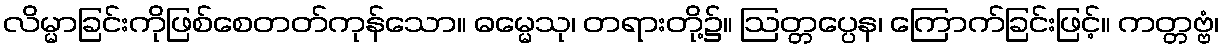
လိမ္မာခြင်းကိုဖြစ်စေတတ်ကုန်သော။ ဓမ္မေသု၊ တရားတို့၌။ ဩတ္တပ္ပေန၊ ကြောက်ခြင်းဖြင့်။ ကတ္တဗ္ဗံ၊